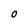
Character: O